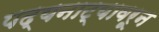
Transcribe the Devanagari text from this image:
पद्यनाट्यावरून